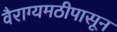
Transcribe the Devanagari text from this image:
वैराग्यमठीपासून